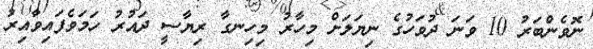
ނޮވެންބަރު 10 ވަނަ ދުވަހުގެ ނިޔަލަށް މިހާރު މިހިނގާ ރިޔާސީ ދައުރު ހަމަވެފައިވާއިރު